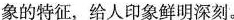
象的特征，给人印象鲜明深刻。